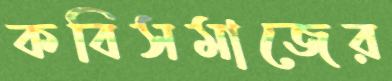
কবিসমাজের